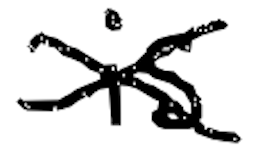
Text: is
Cross-out: cross
Writing tool: digital_black